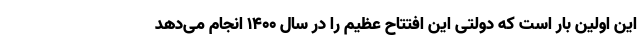
این اولین بار است که دولتی این افتتاح عظیم را در سال ۱۴۰۰ انجام می‌دهد